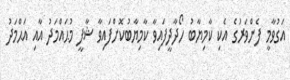
އަގުވާމީ ފެންވަރުގެ އެކި ކާމިޔާބު ހޯދާދީފައިވާ ކާމިޔާބުކޮށްފައިވާ ޝާފީ މުޙައްމަދު އާއި އަޙްމަދު